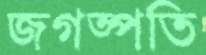
জগত্পতি